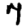
Digit: 7